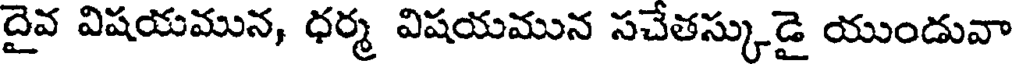
దైవ విషయమున, ధర్మ విషయమున సచేతస్కుడై యుండువా